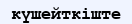
күшейткіште